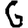
Digit: 6